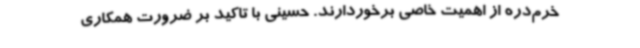
خرم‌دره از اهمیت خاصی برخوردارند. حسینی با تاکید بر ضرورت همکاری